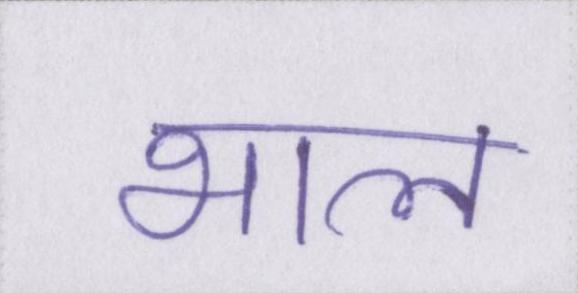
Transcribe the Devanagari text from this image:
भाल